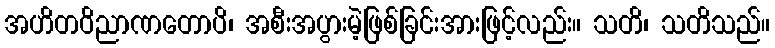
အဟိတဝိညာဏတောပိ၊ အစီးအပွားမဲ့ဖြစ်ခြင်းအားဖြင့်လည်း။ သတိ၊ သတိသည်။